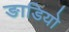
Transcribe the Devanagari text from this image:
ङाडियो